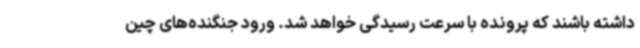
داشته باشند که پرونده با سرعت رسیدگی خواهد شد. ورود جنگنده‌های چین